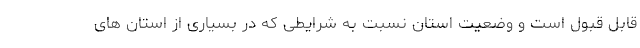
قابل قبول است و وضعیت استان نسبت به شرایطی که در بسیاری از استان های